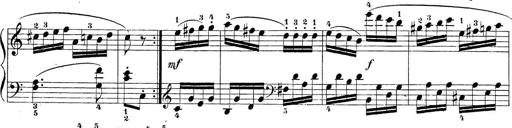
Title: Sonatina Album
Composer: Louis KÃ¶hler